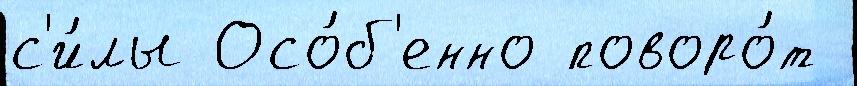
с'и́лы Осо́б'енно поворо́т